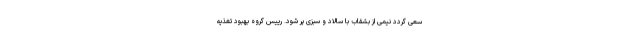
سعی گردد نیمی از بشقاب با سالاد و سبزی پر شود. رییس گروه بهبود تغذیه